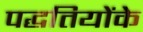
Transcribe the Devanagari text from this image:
पद्धतियोंके